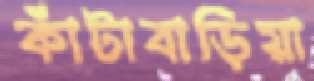
কাঁটাবাড়িয়া